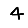
Digit: 4